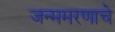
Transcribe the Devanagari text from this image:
जन्ममरणाचे